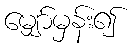
မျှော်မှန်း၍